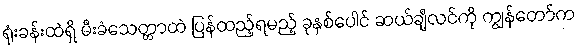
ရုံးခန်းထဲရှိ မီးခံသေတ္တာထဲ ပြန်ထည့်ရမည့် ခုနှစ်ပေါင် ဆယ်ချီလင်ကို ကျွန်တော်က